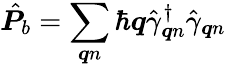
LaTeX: \hat{\boldsymbol{P}}_{b}=\sum_{\boldsymbol{q}n}\hbar\boldsymbol{q}\hat{\gamma}_{\boldsymbol{q}n}^{\dagger}\hat{\gamma}_{\boldsymbol{q}n}